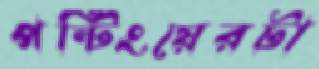
পন্টিংয়েরটা